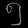
Digit: ၅